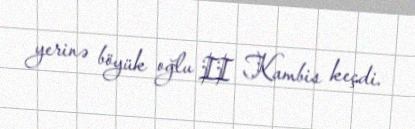
yerinə böyük oğlu II Kambis keçdi.